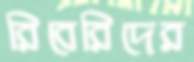
রিবেরিদের